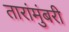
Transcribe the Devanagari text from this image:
तारांमुंबरी